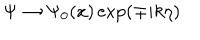
\Psi \rightarrow \Psi _ { 0 } ( x ) \exp ( \mp i k \eta )